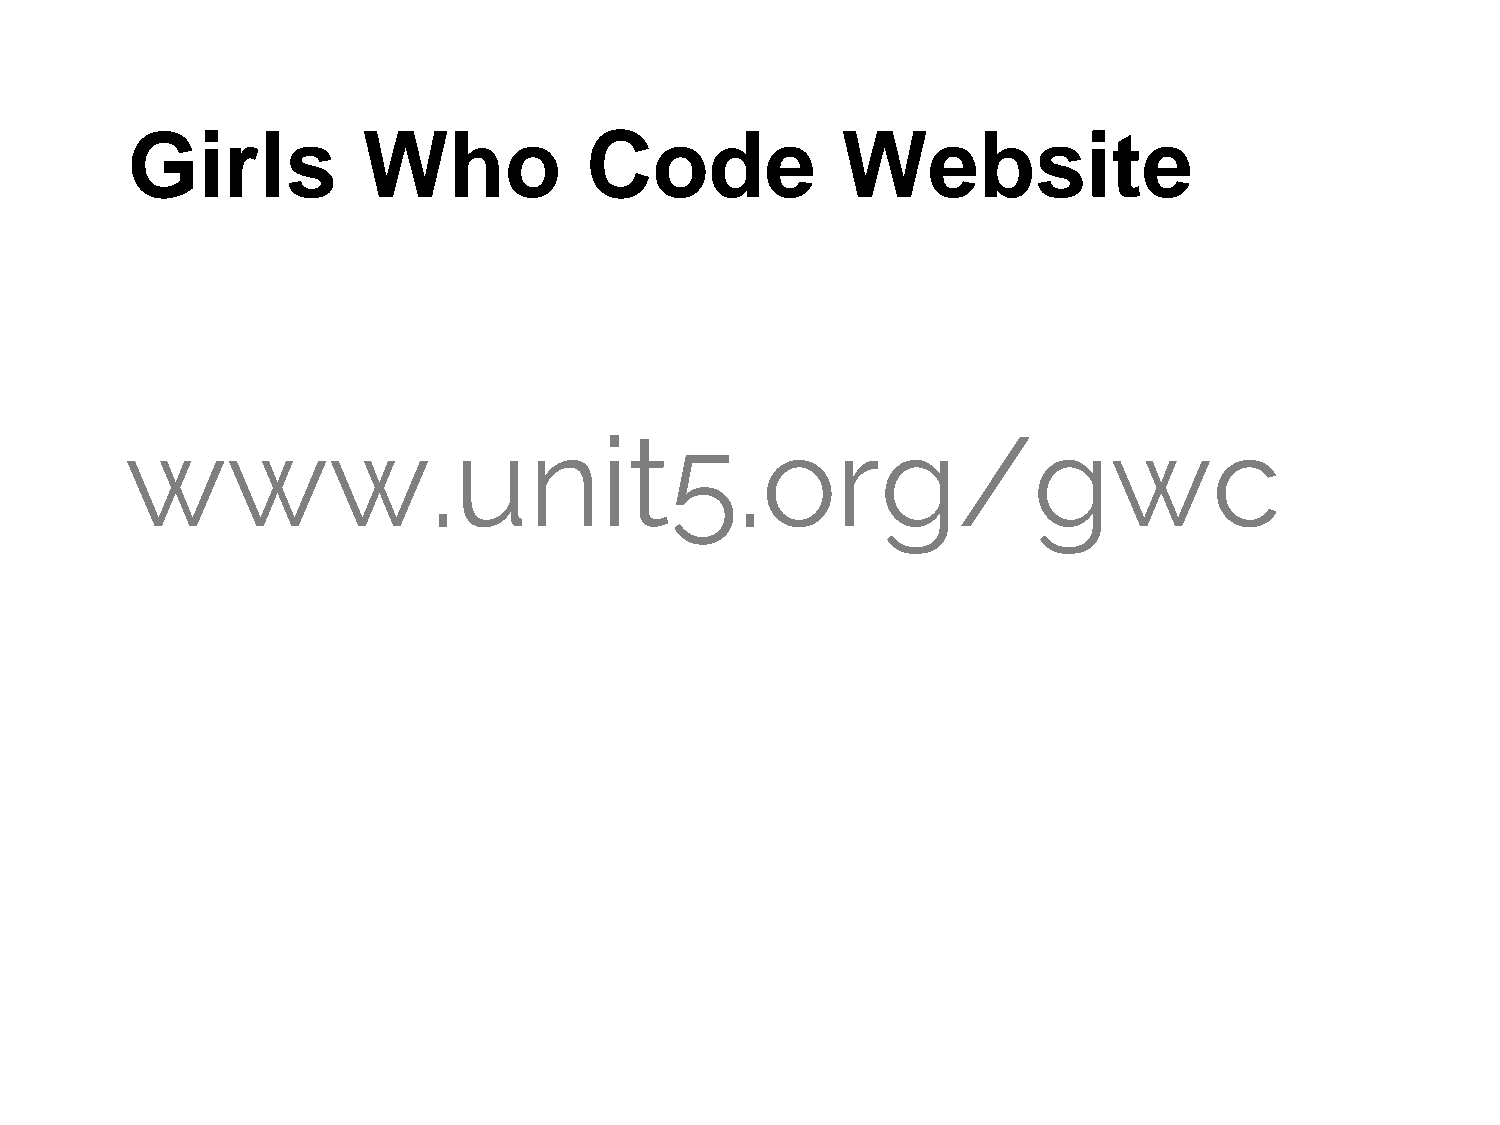
Girls           Who            Code             Website
 www.unit5.org/gwc